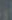
أو